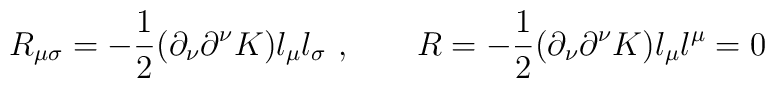
R_{\mu \sigma} = - {1\over 2} ( \partial_{\nu}\partial^{\nu} K ) l_{\mu}l_{\sigma}\ , \qquad R= - {1\over 2} ( \partial_{\nu}\partial^{\nu} K ) l_{\mu}l^{\mu}=0